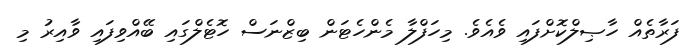
ފަރާތެއް ހާޞިލްކޮށްފައި ވެއެވެ. މިހަފްލާ މެންހެޓަން ބިޒްނަސް ހޮޓެލްގައި ބޭއްވިފައި ވާއިރު މި